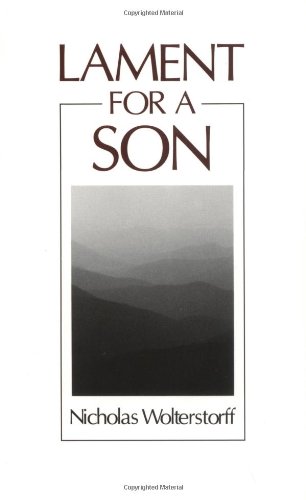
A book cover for Lament for a Son; Nicholas Wolterstorff; Parenting & Relationships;